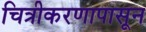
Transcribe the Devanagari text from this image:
चित्रीकरणापासून